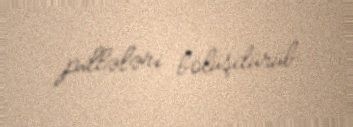
pillələri bölüşdürüb.